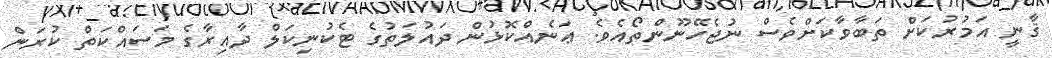
ޤާނީ އަމުރުކަށް ތަބާވާކަށްވެސް ނުޖެހޭނޫންތޯއެވެ. ޢަނެއްކޮޅުން ދައުލަތުގެ ޓެކުނިކަލް ދާއިރާގެ މަސައްކަތް ކުރަން